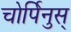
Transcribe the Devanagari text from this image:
चोर्पिनुस्